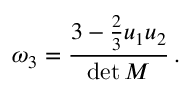
\omega _ { 3 } = \frac { 3 - \frac { 2 } { 3 } u _ { 1 } u _ { 2 } } { \operatorname* { d e t } M } \, .